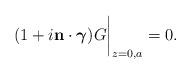
LaTeX: \begin{align*}(1+i{\bf n\cdot \mbox{\boldmath$\gamma$}})G\bigg|_{z=0,a}=0.\end{align*}